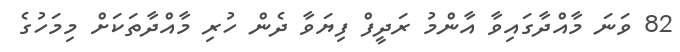
82 ވަނަ މާއްދާގައިވާ އާންމު ރަދީފް ފިޔަވާ ދެން ހުރި މާއްދާތަކަށް މިމަހުގެ